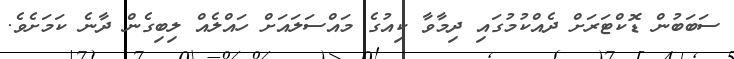
ސަބަބުން ޑޮކްޓަރަށް ދެއްކުމުގައި ދިމާވާ ކިއުގެ މައްސަލައަށް ހައްލެއް ލިބިގެން ދާނެ ކަމަށެވެ.